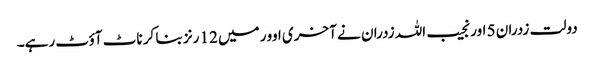
دولت زدران 5 اور نجیب اللہ زدران نے آخری اوور میں 12 رنز بنا کر ناٹ آؤٹ رہے۔